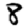
Digit: 8